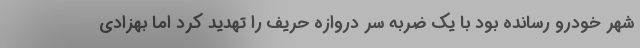
شهر خودرو رسانده بود با یک ضربه سر دروازه حریف را تهدید کرد اما بهزادی